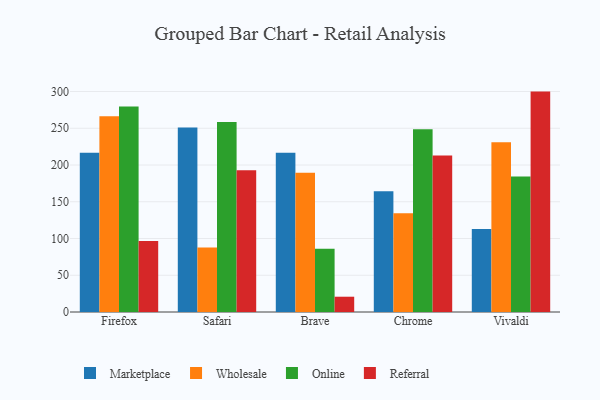
{"axis": {"x": "Browser", "y": "Humidity (%)"}, "legend": ["Marketplace", "Online", "Referral", "Wholesale"], "data": [{"x": "Firefox", "y": 216.8, "type": "Marketplace"}, {"x": "Firefox", "y": 266.3, "type": "Wholesale"}, {"x": "Firefox", "y": 279.7, "type": "Online"}, {"x": "Firefox", "y": 96.7, "type": "Referral"}, {"x": "Safari", "y": 251.2, "type": "Marketplace"}, {"x": "Safari", "y": 87.8, "type": "Wholesale"}, {"x": "Safari", "y": 258.7, "type": "Online"}, {"x": "Safari", "y": 193.0, "type": "Referral"}, {"x": "Brave", "y": 216.7, "type": "Marketplace"}, {"x": "Brave", "y": 189.6, "type": "Wholesale"}, {"x": "Brave", "y": 86.0, "type": "Online"}, {"x": "Brave", "y": 20.8, "type": "Referral"}, {"x": "Chrome", "y": 164.4, "type": "Marketplace"}, {"x": "Chrome", "y": 134.4, "type": "Wholesale"}, {"x": "Chrome", "y": 248.6, "type": "Online"}, {"x": "Chrome", "y": 213.0, "type": "Referral"}, {"x": "Vivaldi", "y": 113.0, "type": "Marketplace"}, {"x": "Vivaldi", "y": 230.9, "type": "Wholesale"}, {"x": "Vivaldi", "y": 184.4, "type": "Online"}, {"x": "Vivaldi", "y": 299.9, "type": "Referral"}]}